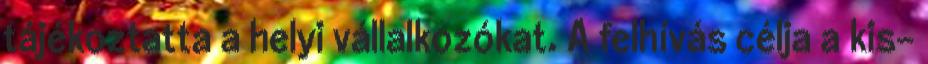
tájékoztatta a helyi vállalkozókat. A felhívás célja a kis-